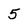
Character: 5